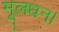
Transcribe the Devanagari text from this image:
मूलधन।